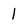
Character: 1